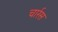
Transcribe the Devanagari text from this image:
चार्रस